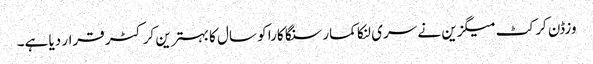
وزڈن کرکٹ میگزین نے سری لنکا کمار سنگا کارا کو سال کا بہترین کرکٹر قرار دیا ہے۔